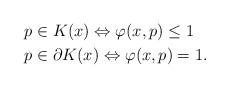
\begin{align*}&p\in K(x) \Leftrightarrow \varphi(x,p)\le 1\\&p\in\partial K(x)\Leftrightarrow \varphi(x,p)=1.\end{align*}